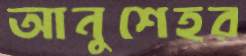
আনুশেহর